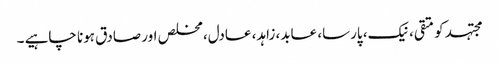
مجتہد کو متقی، نیک، پارسا، عابد، زاہد، عادل، مخلص اور صادق ہونا چاہیے ۔